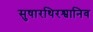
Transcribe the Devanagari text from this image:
सुषारथिरश्वानिव